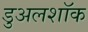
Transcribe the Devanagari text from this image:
डुअलशॉक